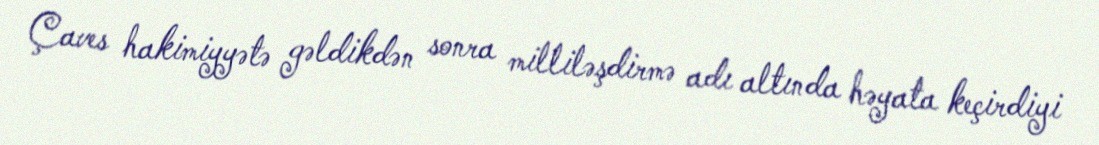
Çaves hakimiyyətə gəldikdən sonra milliləşdirmə adı altında həyata keçirdiyi